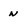
Character: n